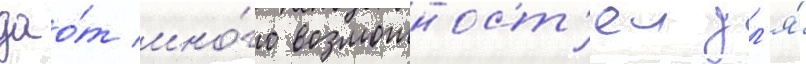
дао́т мно́го возможност'еи дл'я́